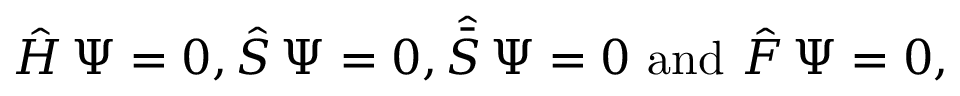
\hat { H } \, \Psi = 0 , \hat { S } \, \Psi = 0 , { \hat { \bar { S } } } \, \Psi = 0 \, \, \mathrm { a n d } \, \, \hat { \cal F } \, \Psi = 0 ,